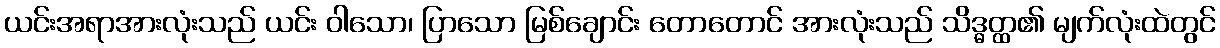
ယင်းအရာအားလုံးသည် ယင်း ဝါသော၊ ပြာသော မြစ်ချောင်း တောတောင် အားလုံးသည် သိဒ္ဓတ္ထ၏ မျက်လုံးထဲတွင်